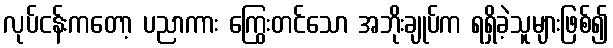
လုပ်ငန်းကတော့ ပညာကား ကြွေးတင်သော အဘိုးချုပ်က ရရှိခဲ့သူများဖြစ်၍